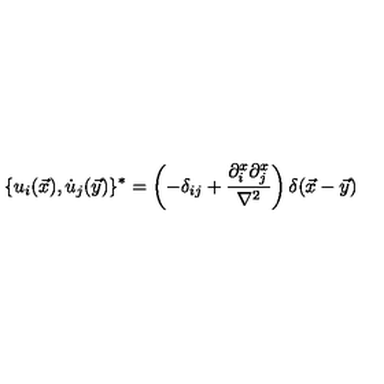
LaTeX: \{ u _ { i } ( \vec { x } ) , \dot { u } _ { j } ( \vec { y } ) \} ^ { * } = \left( - \delta _ { i j } + { \frac { \partial _ { i } ^ { x } \partial _ { j } ^ { x } } { \nabla ^ { 2 } } } \right) \delta ( \vec { x } - \vec { y } )